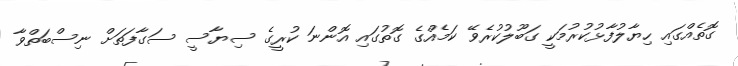
ގޮތެއްގައި ހިޔާލުފާޅުކުރުމަކީ ގަބޫލުކުރެވޭ ކަމެއްގެ ގޮތުގައި އޮންނަ ކުރީގެ ސިޔާސީ ސަގާފަތަށް ނިސްބަތްވާ